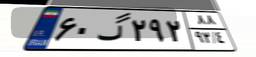
۶۰گ۲۹۲۸۸